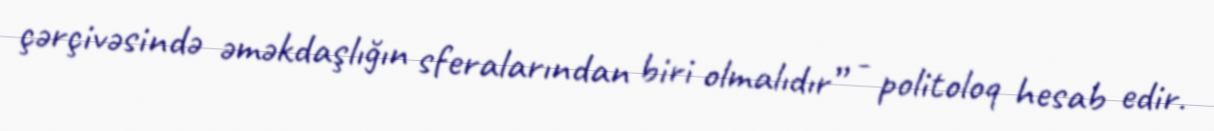
çərçivəsində əməkdaşlığın sferalarından biri olmalıdır” - politoloq hesab edir.